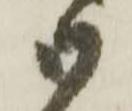
御